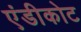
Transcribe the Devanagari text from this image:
एंडीकोट